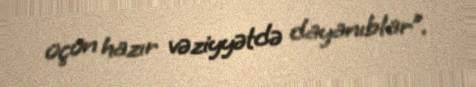
üçün hazır vəziyyətdə dayanıblar”.